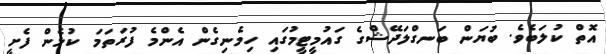
އޮތް ކުލަބެވެ. ބުޔަން ބަނގްލަދޭޝްގެ ގައުމީޓީމުގައި ހިމެނިގެން އެންމެ ފުރަތަމަ ކުޅެން ފެށީ